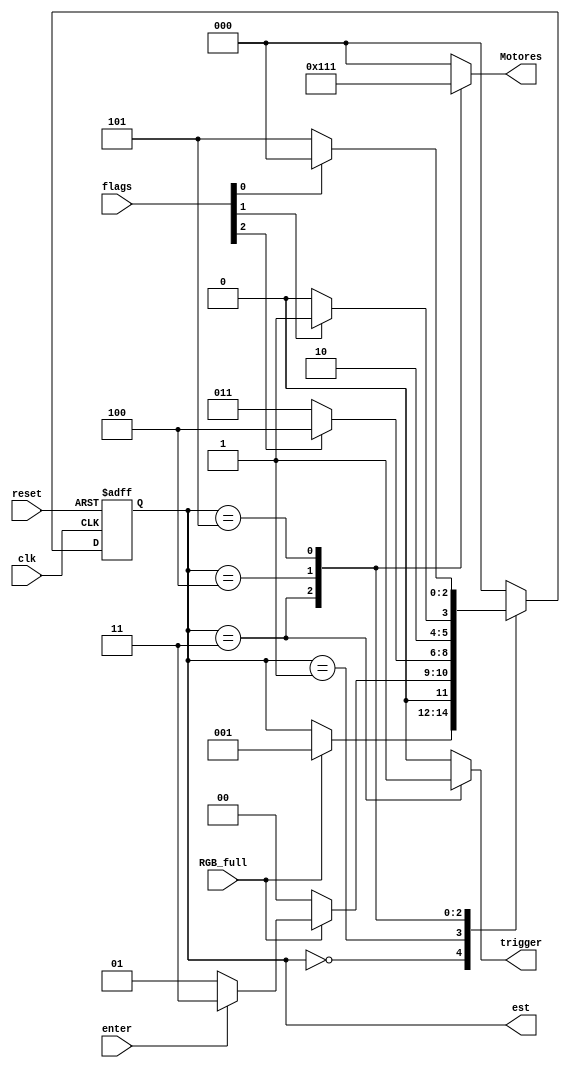
module FSM(
    input clk,
    input reset,
    input RGB_full,
    input [2:0] flags,
    input enter,
    output reg [2:0] Motores = 3'd0,
	 output reg trigger = 1'd0,
	 output [2:0] est 
);
    parameter r = 2'd2, g = 2'd1, b = 2'd0;
    parameter lectura = 3'b0, espera = 3'b001,
              carga_R = 3'b011, carga_Y = 3'b100, carga_B = 3'b101;
    
    reg [2:0] estado, estado_pos = 3'd0;

    always @ (posedge clk, negedge reset) begin
        if( !reset )
            estado <= lectura;
        else estado <= estado_pos;
    end

    always @ (*)   begin
        case(estado)
            lectura:    if(RGB_full) estado_pos = espera;
                        else estado_pos = estado;
            espera:     if(!RGB_full) estado_pos = lectura;
                        else if(enter)  estado_pos = carga_R;
                        else estado_pos = espera;
            carga_R:    if( flags[r] ) estado_pos = carga_Y;    else estado_pos = carga_R;
            carga_Y:    if( flags[g] ) estado_pos = carga_B;    else estado_pos = carga_Y;
            carga_B:    if( flags[b] ) estado_pos = lectura;  else estado_pos = carga_B;
			default: 	estado_pos = lectura;
        endcase
    end

    always @ (*)   begin
        case (estado)
            // 5'd16 -> display en blanco
            // 5'd17 -> guion
            lectura: begin  Motores = 3'b000; trigger = 1'd0; end
            espera:  begin  Motores = 3'b000; trigger = 1'd0; end
            carga_R: begin  Motores = 3'b100; trigger = 1'd1; end
            carga_Y: begin  Motores = 3'b010; trigger = 1'd0; end
            carga_B: begin  Motores = 3'b001; trigger = 1'd0; end
            default: begin  Motores = 3'b000; trigger = 1'd0; end
				
        endcase
        
    end
assign est = estado;

endmodule